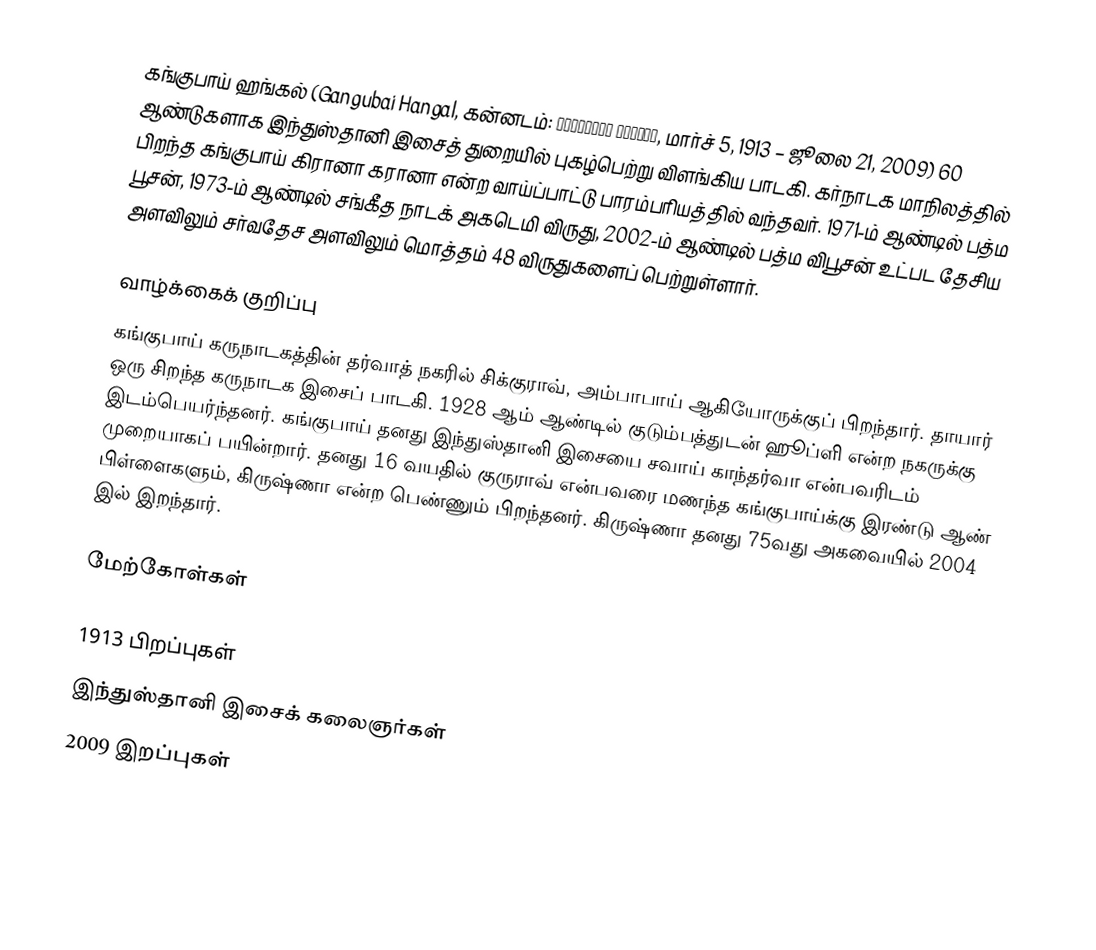
கங்குபாய் ஹங்கல் (Gangubai Hangal, கன்னடம்: ಗಂಗೂಬಾಯಿ ಹಾನಗಲ್, மார்ச் 5, 1913 – ஜூலை 21, 2009) 60 ஆண்டுகளாக இந்துஸ்தானி இசைத் துறையில் புகழ்பெற்று விளங்கிய பாடகி. கர்நாடக மாநிலத்தில் பிறந்த கங்குபாய் கிரானா கரானா என்ற வாய்ப்பாட்டு பாரம்பரியத்தில் வந்தவர். 1971-ம் ஆண்டில் பத்ம பூசன், 1973-ம் ஆண்டில் சங்கீத நாடக் அகடெமி விருது, 2002-ம் ஆண்டில் பத்ம விபூசன் உட்பட தேசிய அளவிலும் சர்வதேச அளவிலும் மொத்தம் 48 விருதுகளைப் பெற்றுள்ளார்.

வாழ்க்கைக் குறிப்பு
கங்குபாய் கருநாடகத்தின் தர்வாத் நகரில் சிக்குராவ், அம்பாபாய் ஆகியோருக்குப் பிறந்தார். தாயார் ஒரு சிறந்த கருநாடக இசைப் பாடகி. 1928 ஆம் ஆண்டில் குடும்பத்துடன் ஹூப்ளி என்ற நகருக்கு இடம்பெயர்ந்தனர். கங்குபாய் தனது இந்துஸ்தானி இசையை சவாய் காந்தர்வா என்பவரிடம் முறையாகப் பயின்றார். தனது 16 வயதில் குருராவ் என்பவரை மணந்த கங்குபாய்க்கு இரண்டு ஆண் பிள்ளைகளும், கிருஷ்ணா என்ற பெண்ணும் பிறந்தனர். கிருஷ்ணா தனது 75வது அகவையில் 2004 இல் இறந்தார்.

மேற்கோள்கள்

1913 பிறப்புகள்
இந்துஸ்தானி இசைக் கலைஞர்கள்
2009 இறப்புகள்